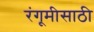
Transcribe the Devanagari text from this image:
रंगूमीसाठी